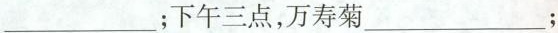
___下午三点，万寿菊___；